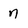
Character: 7